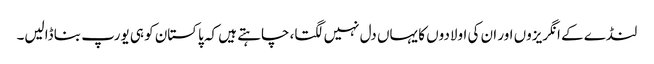
لنڈے کے انگریزوں اور ان کی اولادوں کا یہاں دل نہیں لگتا، چاہتے ہیں کہ پاکستان کو ہی یورپ بنا ڈالیں۔